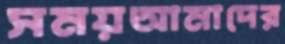
সময়আমাদের